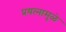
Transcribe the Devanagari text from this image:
प्रयत्‍नामुळे